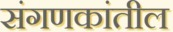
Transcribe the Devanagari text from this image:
संगणकांतील